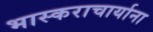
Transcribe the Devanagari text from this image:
भास्कराचार्याना